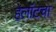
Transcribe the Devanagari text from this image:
हेलॉटचा